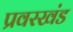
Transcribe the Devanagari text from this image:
प्रवरखंड